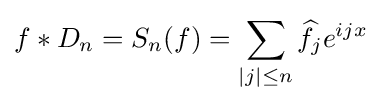
f*D_{n}=S_{n}(f)=\sum _{|j|\leq n}{\widehat {f}}_{j}e^{ijx}